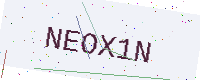
Text: NEOX1N